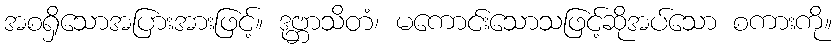
အစရှိသောအပြားအားဖြင့်။ ဒုဗ္ဘာသိတံ၊ မကောင်းသောသဖြင့်ဆိုအပ်သော စကားကို။